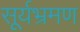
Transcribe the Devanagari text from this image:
सूर्यभ्रमण